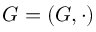
G = ( G , \cdot )